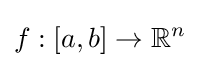
f:[a,b]\to \mathbb {R} ^{n}